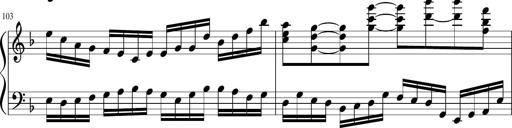
Title: Sonatina in F major
Composer: Ethan Ngo
Key: F major